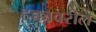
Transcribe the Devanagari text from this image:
हक्कावरील